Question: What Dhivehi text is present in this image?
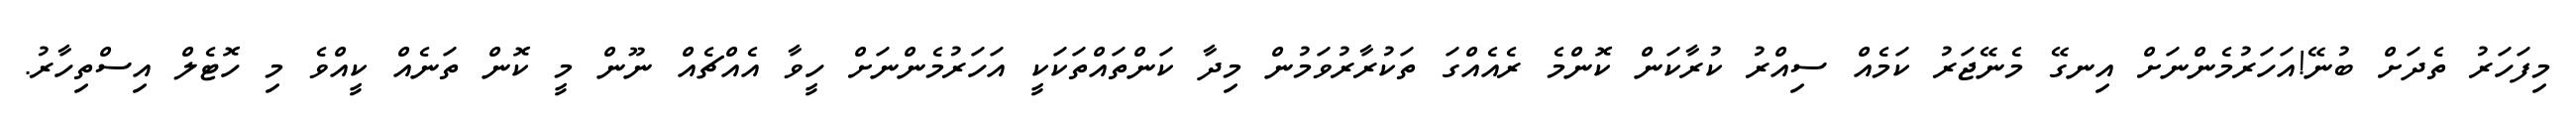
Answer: މިފަހަރު ތެދަށް ބުނޭ!އަހަރުމެންނަށް އިނގޭ މެނޭޖަރު ކަމެއް ސިއްރު ކުރާކަން ކޮންމެ ރެއެއްގަ ތަކުރާރުވަމުން މިދާ ކަންތައްތަކަކީ އަހަރުމެންނަށް ހީވާ އެއްޗެއް ނޫން މީ ކޮން ތަނެއް ކީއްވެ މި ހޮޓެލް އިސްތިހާރު.